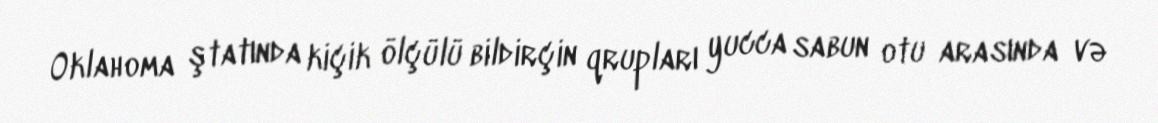
Oklahoma ştatında kiçik ölçülü bildirçin qrupları yucca sabun otu arasında və